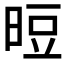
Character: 𰖉